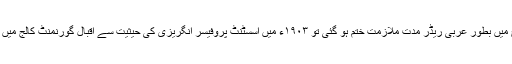
اورینٹل کالج میں بطور عربی ریڈر مدت ملازمت ختم ہو گئی تو ١٩٠٣ء میں اسسٹنٹ پروفیسر انگریزی کی حیثیت سے اقبال گورنمنٹ کالج میں تقرر ہو گیا۔